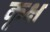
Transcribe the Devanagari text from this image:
कृक्ष